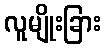
လူမျိုးခြား